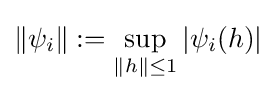
\left\|\psi _{i}\right\|:=\sup _{\|h\|\leq 1}\left|\psi _{i}(h)\right|